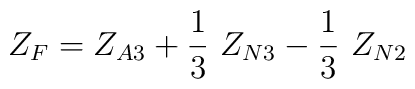
Z_{F}= Z_{A3} +  {1 \over 3}~Z_{N3}  - {1 \over 3}~Z_{N2}